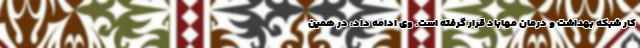
کار شبکه بهداشت و درمان مهاباد قرار گرفته است. وی ادامه داد: در همین